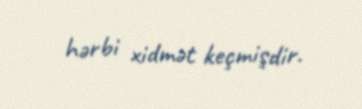
hərbi xidmət keçmişdir.